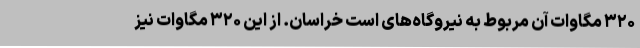
۳۲۰ مگاوات آن مربوط به نیروگاه‌های است خراسان. از این ۳۲۰ مگاوات نیز